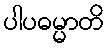
ပါပဓမ္မာတိ